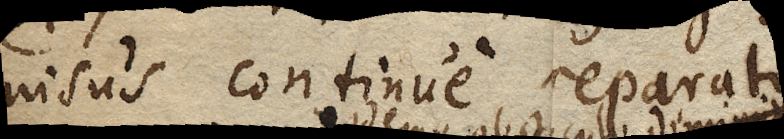
nisus continue reparatus